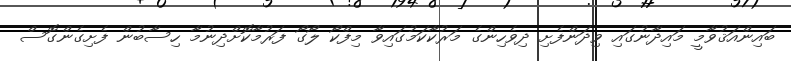
ބައިންއަޤުވާމީ މައިދާނުގައި ވިދަންފެށި ދިވެހިންގެ މަރުކާކަމުގައިވާ މިފްކޯ ލޯގޯ ފަރުމާކޮށްދިނުމާ ހިސާބުން ފެށިގެންގޮސް